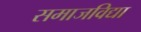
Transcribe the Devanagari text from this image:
समाजविद्या